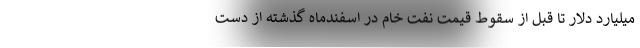
میلیارد دلار تا قبل از سقوط قیمت نفت خام در اسفندماه گذشته از دست